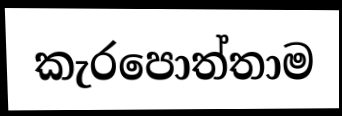
කැරපොත්තාම